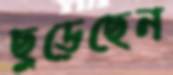
ছুড়েছেন